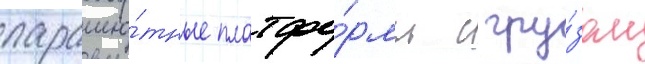
парашю́тные платфо́рмы с гру́зом